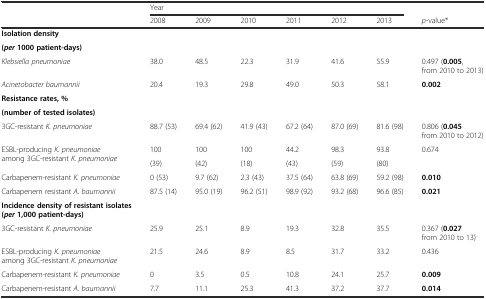
<table><thead><tr><td></td><td colspan="6"><b>Year</b></td><td></td></tr><tr><td></td><td><b>2008</b></td><td><b>2009</b></td><td><b>2010</b></td><td><b>2011</b></td><td><b>2012</b></td><td><b>2013</b></td><td><b><i>p</i>-value*</b></td></tr></thead><tbody><tr><td><b>Isolation density</b></td><td rowspan="2"></td><td rowspan="2"></td><td rowspan="2"></td><td rowspan="2"></td><td rowspan="2"></td><td rowspan="2"></td><td rowspan="2"></td></tr><tr><td><b>(</b><b><i>per</i></b><b>1000 patient-days)</b></td></tr><tr><td><i>Klebsiella pneumoniae</i></td><td>38.0</td><td>48.5</td><td>22.3</td><td>31.9</td><td>41.6</td><td>55.9</td><td>0.497 (<b>0.005</b>, from 2010 to 2013)</td></tr><tr><td><i>Acinetobacter baumannii</i></td><td>20.4</td><td>19.3</td><td>29.8</td><td>49.0</td><td>50.3</td><td>58.1</td><td><b>0.002</b></td></tr><tr><td><b>Resistance rates, %</b></td><td rowspan="2"></td><td rowspan="2"></td><td rowspan="2"></td><td rowspan="2"></td><td rowspan="2"></td><td rowspan="2"></td><td rowspan="2"></td></tr><tr><td><b>(number of tested isolates)</b></td></tr><tr><td>3GC-resistant <i>K. pneumoniae</i></td><td>88.7 (53)</td><td>69.4 (62)</td><td>41.9 (43)</td><td>67.2 (64)</td><td>87.0 (69)</td><td>81.6 (98)</td><td>0.806 (<b>0.045</b> from 2010 to 2012)</td></tr><tr><td rowspan="2">ESBL-producing <i>K. pneumoniae</i> among 3GC-resistant <i>K. pneumoniae</i></td><td>100</td><td>100</td><td>100</td><td>44.2</td><td>98.3</td><td>93.8</td><td>0.674</td></tr><tr><td>(39)</td><td>(42)</td><td>(18)</td><td>(43)</td><td>(59)</td><td>(80)</td><td></td></tr><tr><td>Carbapenem-resistant <i>K. pneumoniae</i></td><td>0 (53)</td><td>9.7 (62)</td><td>2.3 (43)</td><td>37.5 (64)</td><td>63.8 (69)</td><td>59.2 (98)</td><td><b>0.010</b></td></tr><tr><td>Carbapenem resistant <i>A. baumannii</i></td><td>87.5 (14)</td><td>95.0 (19)</td><td>96.2 (51)</td><td>98.9 (92)</td><td>93.2 (68)</td><td>96.6 (85)</td><td><b>0.021</b></td></tr><tr><td><b>Incidence density of resistant isolates (</b><b><i>per</i></b><b>1,000 patient-days)</b></td><td></td><td></td><td></td><td></td><td></td><td></td><td></td></tr><tr><td>3GC-resistant <i>K. pneumoniae</i></td><td>25.9</td><td>25.1</td><td>8.9</td><td>19.3</td><td>32.8</td><td>35.5</td><td>0.367 (<b>0.027</b> from 2010 to 13)</td></tr><tr><td>ESBL-producing <i>K. pneumoniae</i> among 3GC-resistant <i>K. pneumoniae</i></td><td>21.5</td><td>24.6</td><td>8.9</td><td>8.5</td><td>31.7</td><td>33.2</td><td>0.436</td></tr><tr><td>Carbapenem-resistant <i>K. pneumoniae</i></td><td>0</td><td>3.5</td><td>0.5</td><td>10.8</td><td>24.1</td><td>25.7</td><td><b>0.009</b></td></tr><tr><td>Carbapenem-resistant <i>A. baumannii</i></td><td>7.7</td><td>11.1</td><td>25.3</td><td>41.3</td><td>37.2</td><td>37.7</td><td><b>0.014</b></td></tr></tbody></table>